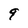
Character: 9